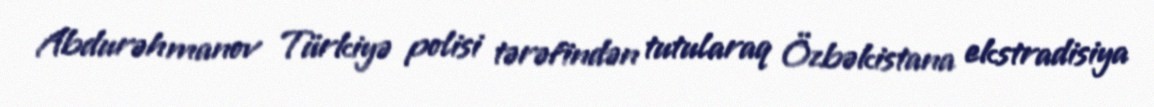
Abdurəhmanov Türkiyə polisi tərəfindən tutularaq Özbəkistana ekstradisiya